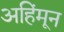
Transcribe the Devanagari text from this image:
अहिंमून